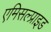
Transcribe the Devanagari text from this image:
एमिसल्प्राइड